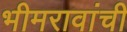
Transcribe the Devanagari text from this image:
भीमरावांची